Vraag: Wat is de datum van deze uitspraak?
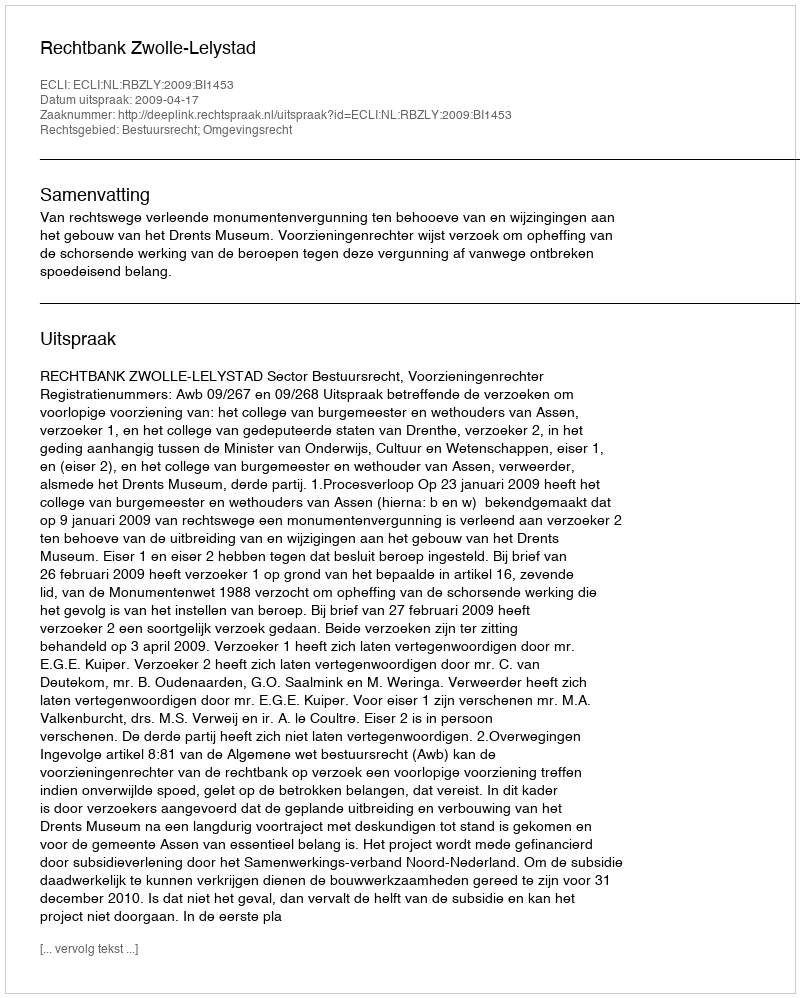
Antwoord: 2009-04-17